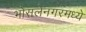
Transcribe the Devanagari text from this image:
भोसलेनगरमध्ये